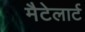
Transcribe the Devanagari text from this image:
मैटेलार्ट